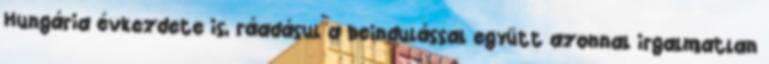
Hungária évkezdete is, ráadásul a beindulással együtt azonnal irgalmatlan